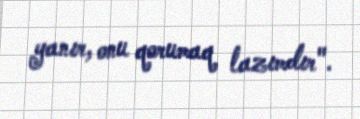
yanır, onu qorumaq lazımdır".